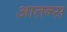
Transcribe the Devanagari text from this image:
आतन्स